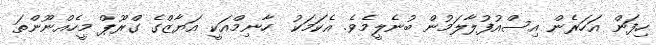
ހިފަން އަހަރެން އިސްއުފުލާލަމުން ބުނެލީމެވެ. އެކަމަކު  ހާނިމްއަކީ އަޔާޒްގެ ގްރޫޕް މީހެއްނޫންތަ